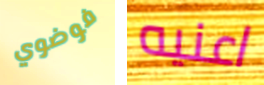
فوضوي اعنيه